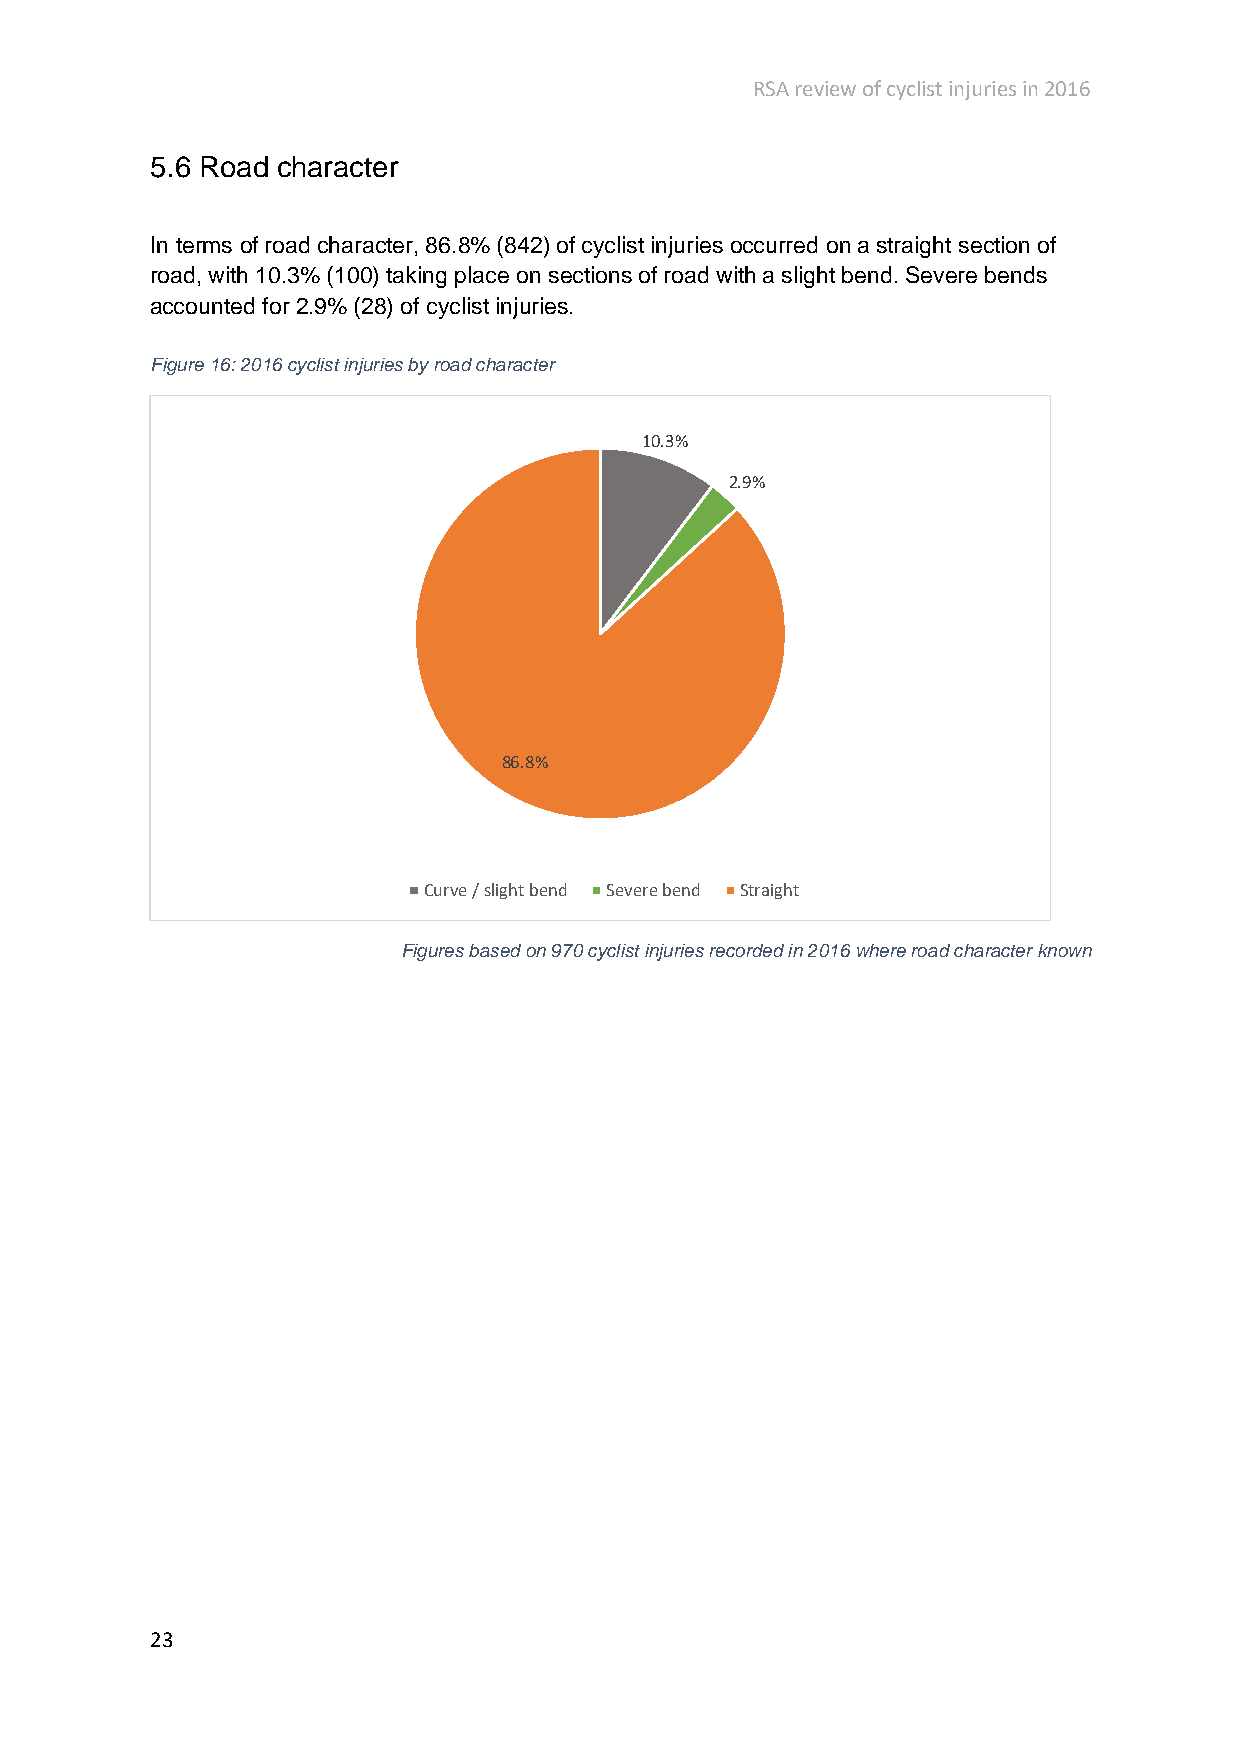
RSA review of cyclist injuries in 2016
 5.6 Road character
 In terms of road character, 86.8% (842) of cyclist injuries occurred on a straight section of
 road, with 10.3% (100) taking place on sections of road with a slight bend. Severe bends
 accounted for 2.9% (28) of cyclist injuries.
 Figure 16: 2016 cyclist injuries by road character
 10.3%
 2.9%
 86.8%
 Curve / slight bend Severe bend Straight
 Figures based on 970 cyclist injuries recorded in 2016 where road character known
 23